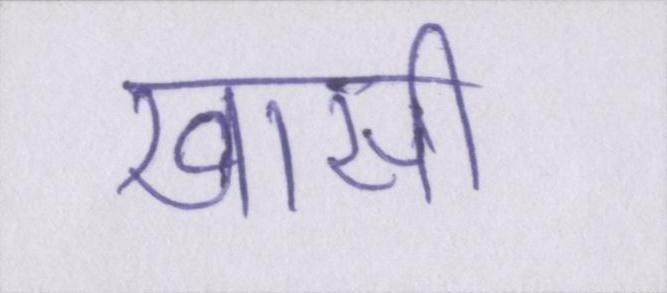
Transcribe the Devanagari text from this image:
खासी